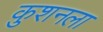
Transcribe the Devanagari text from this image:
कुशनला